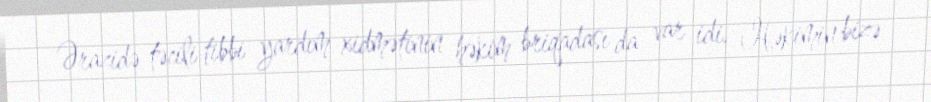
Ərazidə təcili tibbi yardım xidmətinin həkim briqadası da var idi. Həkimin bizə